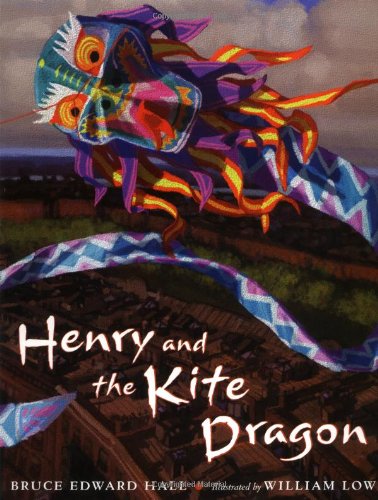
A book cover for Henry & The Kite Dragon; Bruce Edward Hall; Literature & Fiction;